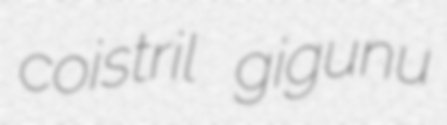
coistril gigunu